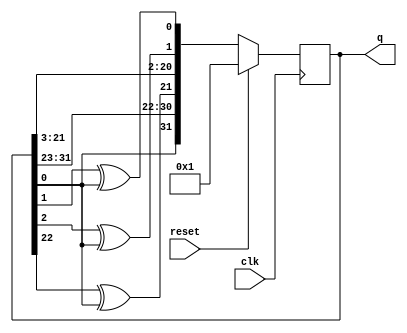
module top_module(
    input clk,
    input reset,    // Active-high synchronous reset to 32'h1
    output [31:0] q
); 

always @(posedge clk) begin
if (reset) 
q <= 32'h1;
else
q <= {0^q[0], q[31:23], q[22]^q[0], q[21:3], q[2]^q[0], q[1]^q[0]};
end
endmodule